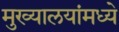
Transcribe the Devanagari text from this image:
मुख्यालयांमध्ये